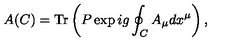
A ( C ) = \mathrm { T r } \left( P \exp i g \oint _ { C } A _ { \mu } d x ^ { \mu } \right) ,